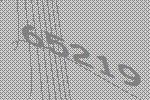
65219